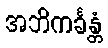
အဘိကင်္ခန္တံ